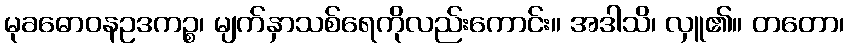
မုခဓောဝနဥဒကဉ္စ၊ မျက်နှာသစ်ရေကိုလည်းကောင်း။ အဒါသိ၊ လှူ၏။ တတော၊